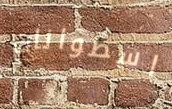
اسطوانات